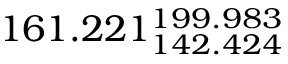
1 6 1 . 2 2 1 _ { 1 4 2 . 4 2 4 } ^ { 1 9 9 . 9 8 3 }